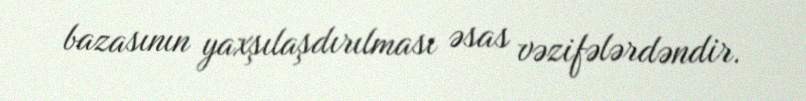
bazasının yaxşılaşdırılması əsas vəzifələrdəndir.